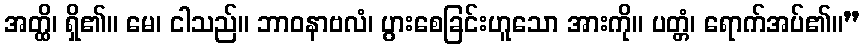
အတ္ထိ၊ ရှိ၏။ မေ၊ ငါသည်။ ဘာဝနာဗလံ၊ ပွားစေခြင်းဟူသော အားကို။ ပတ္တံ၊ ရောက်အပ်၏။”